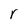
Character: r